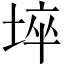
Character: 埣